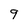
Character: 9